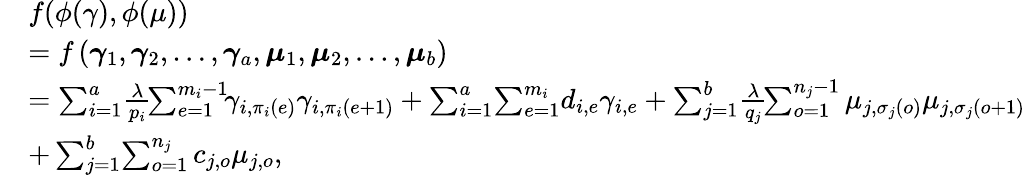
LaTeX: \begin{array}{rl}&{f(\phi(\gamma),\phi(\mu))}\\ &{=f\left(\boldsymbol{\gamma}_{{1}},\boldsymbol{\gamma}_{{2}},\ldots,\boldsymbol{\gamma}_{{a}},\boldsymbol{\mu}_{{1}},\boldsymbol{\mu}_{{2}},\ldots,\boldsymbol{\mu}_{b}\right)}\\ &{=\sum_{i=1}^{a}\! \frac{\lambda}{p_{i}}\! \! \sum_{e=1}^{m_{i}-1}\! \! \gamma_{i,\pi_{i}(e)}\gamma_{i,\pi_{i}(e+1)}+\sum_{i=1}^{a}\! \sum_{e=1}^{m_{i}}\! d_{i,e}\gamma_{i,e}+\sum_{j=1}^{b}\! \frac{\lambda}{q_{j}}\! \! \sum_{o=1}^{n_{j}-1}\mu_{j,\sigma_{j}(o)}\mu_{j,\sigma_{j}(o+1)}}\\ &{+\sum_{j=1}^{b}\! \sum_{o=1}^{n_{j}}c_{j,o}\mu_{j,o},}\end{array}